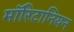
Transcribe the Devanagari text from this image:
मॉरिटानियन